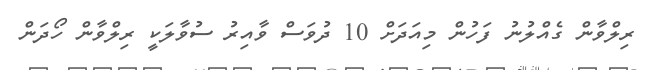
ރިލްވާން ގެއްލުނު ފަހުން މިއަދަށް 10 ދުވަސް ވާއިރު ސުވާލަކީ ރިލްވާން ހޯދަން